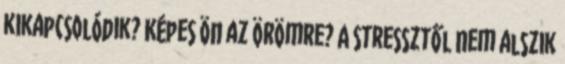
kikapcsolódik? Képes ön az örömre? A stressztől nem alszik